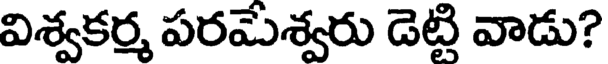
విశ్వకర్మ పరమేశ్వరు డెట్టి వాడు?